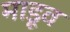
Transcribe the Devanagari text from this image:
माडूव